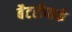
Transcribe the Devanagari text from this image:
बैटरीपार्क